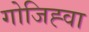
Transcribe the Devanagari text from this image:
गोजिह्वा